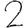
Digit: 2